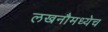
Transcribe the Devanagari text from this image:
लखनौमध्येच